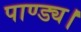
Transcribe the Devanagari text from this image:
पाण्ड्य।